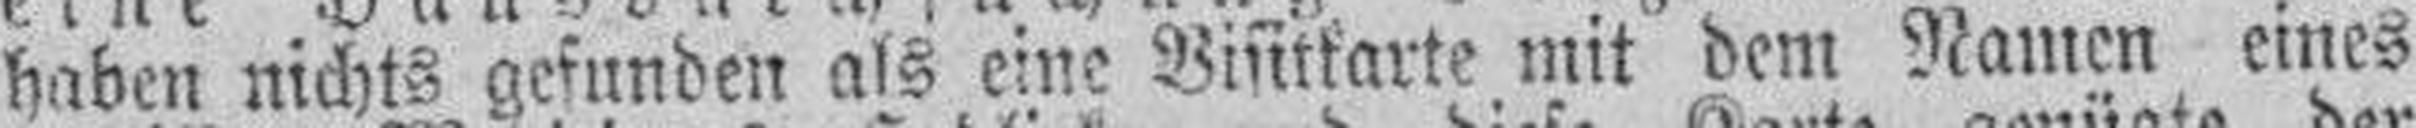
haben nichts gefunden als eine Visitkarte mit dem Namen eines